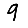
Digit: 9